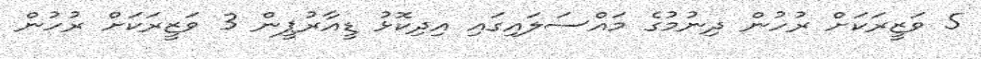
5 ވަޒީރަކަށް ރުހުން ދިނުމުގެ މައްސަލައިގައި އިދިކޮޅު ޑީއާރުޕީން 3 ވަޒީރަކަށް ރުހުން